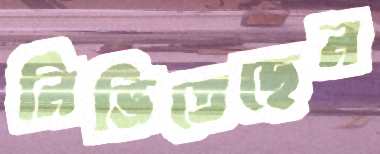
নিভিতেছেন